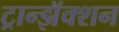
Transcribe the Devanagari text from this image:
ट्रान्झॅक्शन